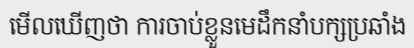
មើលឃើញថា ការចាប់ខ្លួនមេដឹកនាំបក្សប្រឆាំង